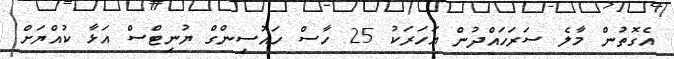
އެގޮތުން މާލެ ސަރަހައްދުން އަހަރަކު 25 ހާސް ހައުސިންގް ޔުނިޓްސް އަޅާ ކުއްޔަށް